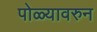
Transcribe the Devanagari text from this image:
पोळ्यावरुन